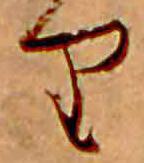
り